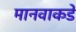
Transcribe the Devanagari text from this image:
मानवाकडे